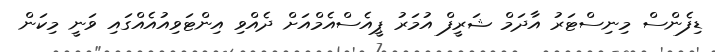
ޑިފެންސް މިނިސްޓަރު އާދަމް ޝަރީފް އުމަރު ޕީއެސްއެމްއަށް ދެއްވި އިންޓަވިއުއެއްގައި ވަނީ މިކަން